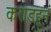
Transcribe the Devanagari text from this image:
कराडहून